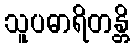
သူပဓာရိတန္တိ